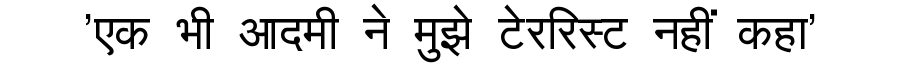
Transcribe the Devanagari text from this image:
'एक भी आदमी ने मुझे टेररिस्ट नहीं कहा'